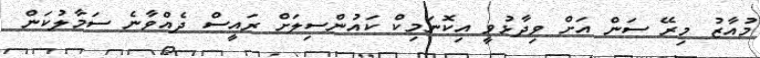
މުއާޒު މިރޭ ސަން އަށް ވިދާޅުވީ އިކޮނަމިކް ކައުންސިލަށް ރައީސް ދެއްވާނެ ސަމާލުކަން